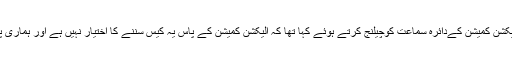
دوسری جانب پاک سرزمین پارٹی نے الیکشن کمیشن کےدائرہ سماعت کوچیلنج کرتے ہوئے کہا تھا کہ الیکشن کمیشن کے پاس یہ کیس سننے کا اختیار نہیں ہے اور ہماری پارٹی کا پرچم قومی پرچم سے منفرد ہے۔